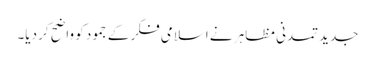
جدید تمدنی مظاہر نے اسلامی فکر کے جمود کو واضح کر دیا۔